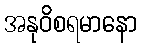
အနုဝိစရမာနော